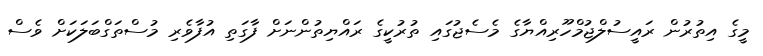
މީގެ އިތުރުން ރައީސުލްޖުމްހޫރިއްޔާގެ މެސެޖުގައި ތުރުކީގެ ރައްޔިތުންނަށް ފާގަތި އުފާވެރި މުސްތަގްބަލަކަށް ވެސް